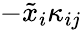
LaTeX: -\tilde{x}_{i}\kappa_{ij}